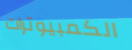
الكمبيوترات